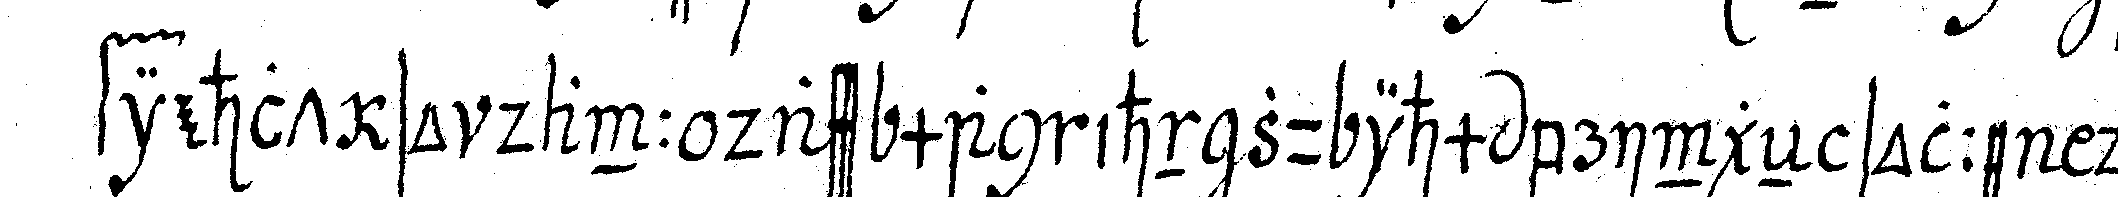
fiehlt so dann dass man ihn zu ihm bringeN solle der